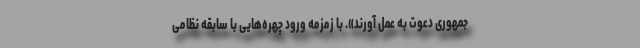
جمهوری دعوت به عمل آورند». با زمزمه ورود چهره‌هایی با سابقه نظامی